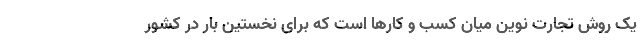
یک روش تجارت نوین میان کسب و کارها است که برای نخستین بار در کشور